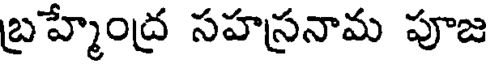
బ్రహ్మేంద్ర సహస్రనామ పూజ